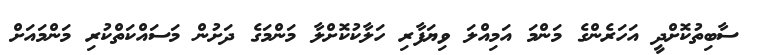
ސާބިތުކޮށްދީ އަހަރެންގެ މަންމަ އަމިއްލަ ވިޔަފާރި ހަލާކުކޮށްލާ މަންމަގެ ދަށުން މަސައްކަތްކުރި މަންމައަށް